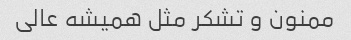
ممنون و تشکر مثل همیشه عالی